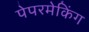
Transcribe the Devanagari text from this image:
पेपरमेकिंग